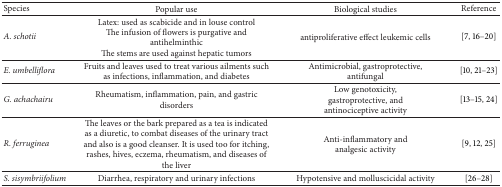
| Species | Popular use | Biological studies | Reference |
 | --- | --- | --- | --- |
 | A. schotii | Latex: used as scabicide and in louse control The infusion of flowers is purgative and antihelminthic The stems are used against hepatic tumors | antiproliferative effect leukemic cells | [7, 16–20] |
 | E. umbelliflora | Fruits and leaves used to treat various ailments such as infections, inflammation, and diabetes | Antimicrobial, gastroprotective, antifungal | [10, 21–23] |
 | G. achachairu | Rheumatism, inflammation, pain, and gastric disorders | Low genotoxicity, gastroprotective, and antinociceptive activity | [13–15, 24] |
 | R. ferruginea | The leaves or the bark prepared as a tea is indicated as a diuretic, to combat diseases of the urinary tract and also is a good cleanser. It is used too for itching, rashes, hives, eczema, rheumatism, and diseases of the liver | Anti-inflammatory and analgesic activity | [9, 12, 25] |
 | S. sisymbriifolium | Diarrhea, respiratory and urinary infections | Hypotensive and molluscicidal activity | [26–28] |